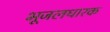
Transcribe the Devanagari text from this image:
भूजलधारक